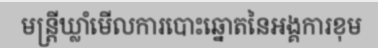
មន្ត្រីឃ្លាំមើលការបោះឆ្នោតនៃអង្គការខុម